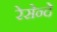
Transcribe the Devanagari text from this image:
रेसेन्दे